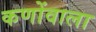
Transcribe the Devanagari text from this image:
कणोंवाला